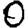
Digit: 0